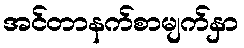
အင်တာနက်စာမျက်နှာ